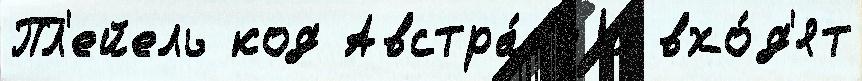
Пл'ейель код Австра́л'иjи вхо́д'ят